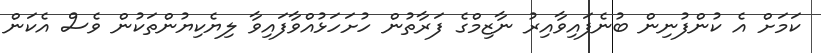
ކަމަށް އެ ކުންފުނިން ބުނެފައިވާއިރު ނާޒިމްގެ ފަރާތުން ހުށަހަޅުއްވާފައިވާ ލިޔެކިޔުންތަކުން ވެސް އެކަން